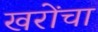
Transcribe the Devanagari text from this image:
खरोंचा